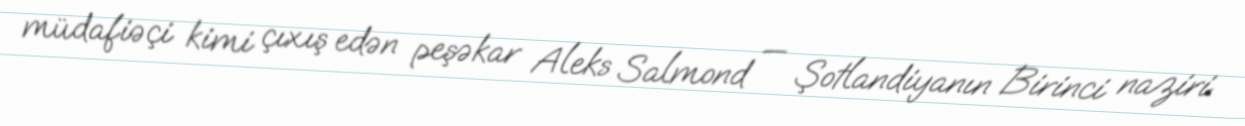
müdafiəçi kimi çıxış edən peşəkar Aleks Salmond — Şotlandiyanın Birinci naziri.